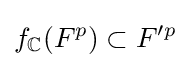
f_{\mathbb {C} }(F^{p})\subset F'^{p}